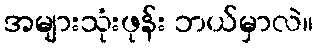
အများသုံးဖုန်း ဘယ်မှာလဲ။